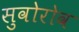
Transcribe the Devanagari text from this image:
सुवोरोव